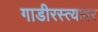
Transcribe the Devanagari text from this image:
गाडीरस्त्यावर